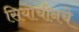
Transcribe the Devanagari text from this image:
सियाचीनचे